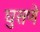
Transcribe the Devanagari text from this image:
घुसणे